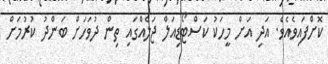
ކޮށްފައިވެއެވެ. އަދި އަށް މީހަކު ކަސްޓޯޑިއަލް ޖަލެއްގައި ތިން ދުވަހަށް ބަންދު ކުރުމަށް